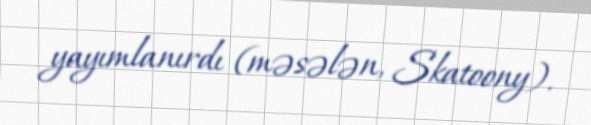
yayımlanırdı (məsələn, Skatoony).